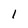
Character: l